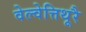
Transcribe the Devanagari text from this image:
वेल्वेत्तिथूरै